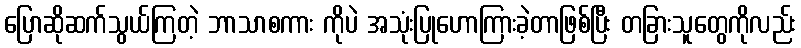
ပြောဆိုဆက်သွယ်ကြတဲ့ ဘာသာစကား ကိုပဲ အသုံးပြုဟောကြားခဲ့တာဖြစ်ပြီး တခြားသူတွေကိုလည်း